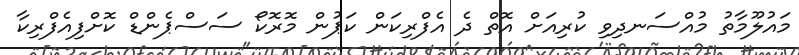
މައުލޫމާތު މުއްސަނދިވި ކުރިއަށް އޮތް ދެ އެފްރިކަން ކަޕުން މޮރޮކޯ ސަސްޕެންޑް ކޮށްފިއެފްރިކާ